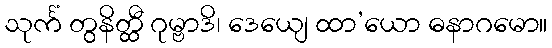
သုင်္ကံ တွနိတ္ထီ ဂုမ္ဗာဒိ၊ ဒေယျေ ထာ’ယော ဓနာဂမော။